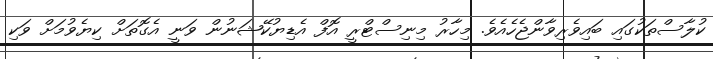
ކުލާސްތަކުގައި ބައިވެރިވާންޖެހެއެވެ. މިހާރު މިނިސްޓްރީ އޮފް އެޑިޔުކޭޝަނުން ވަނީ އެގޮތަށް ކިޔެވުމަށް ވަކި